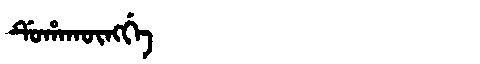
Manchu: ᡩᡠᡥᠠᡴᡡᠩᡤᡝ
Romanization: DUHAKŪNGGE